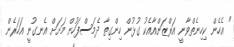
" އެހެން ކިހިނެތްވާނީ އަރްޒަންއާއެކު ގުޅުން ހިންގިތާ ދެމަސްފަހުން މަށަށް އެނގުނީ އަހަރެން